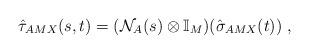
LaTeX: \begin{align*}\hat{\tau}_{AMX}(s,t) = (\mathcal{N}_A(s)\otimes\mathbb{I}_M)(\hat{\sigma}_{AMX}(t))\;,\end{align*}